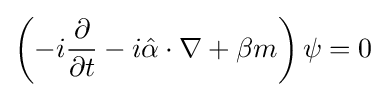
\left(-i{\frac {\partial }{\partial t}}-i{\hat {\alpha }}\cdot \nabla +\beta m\right)\psi =0